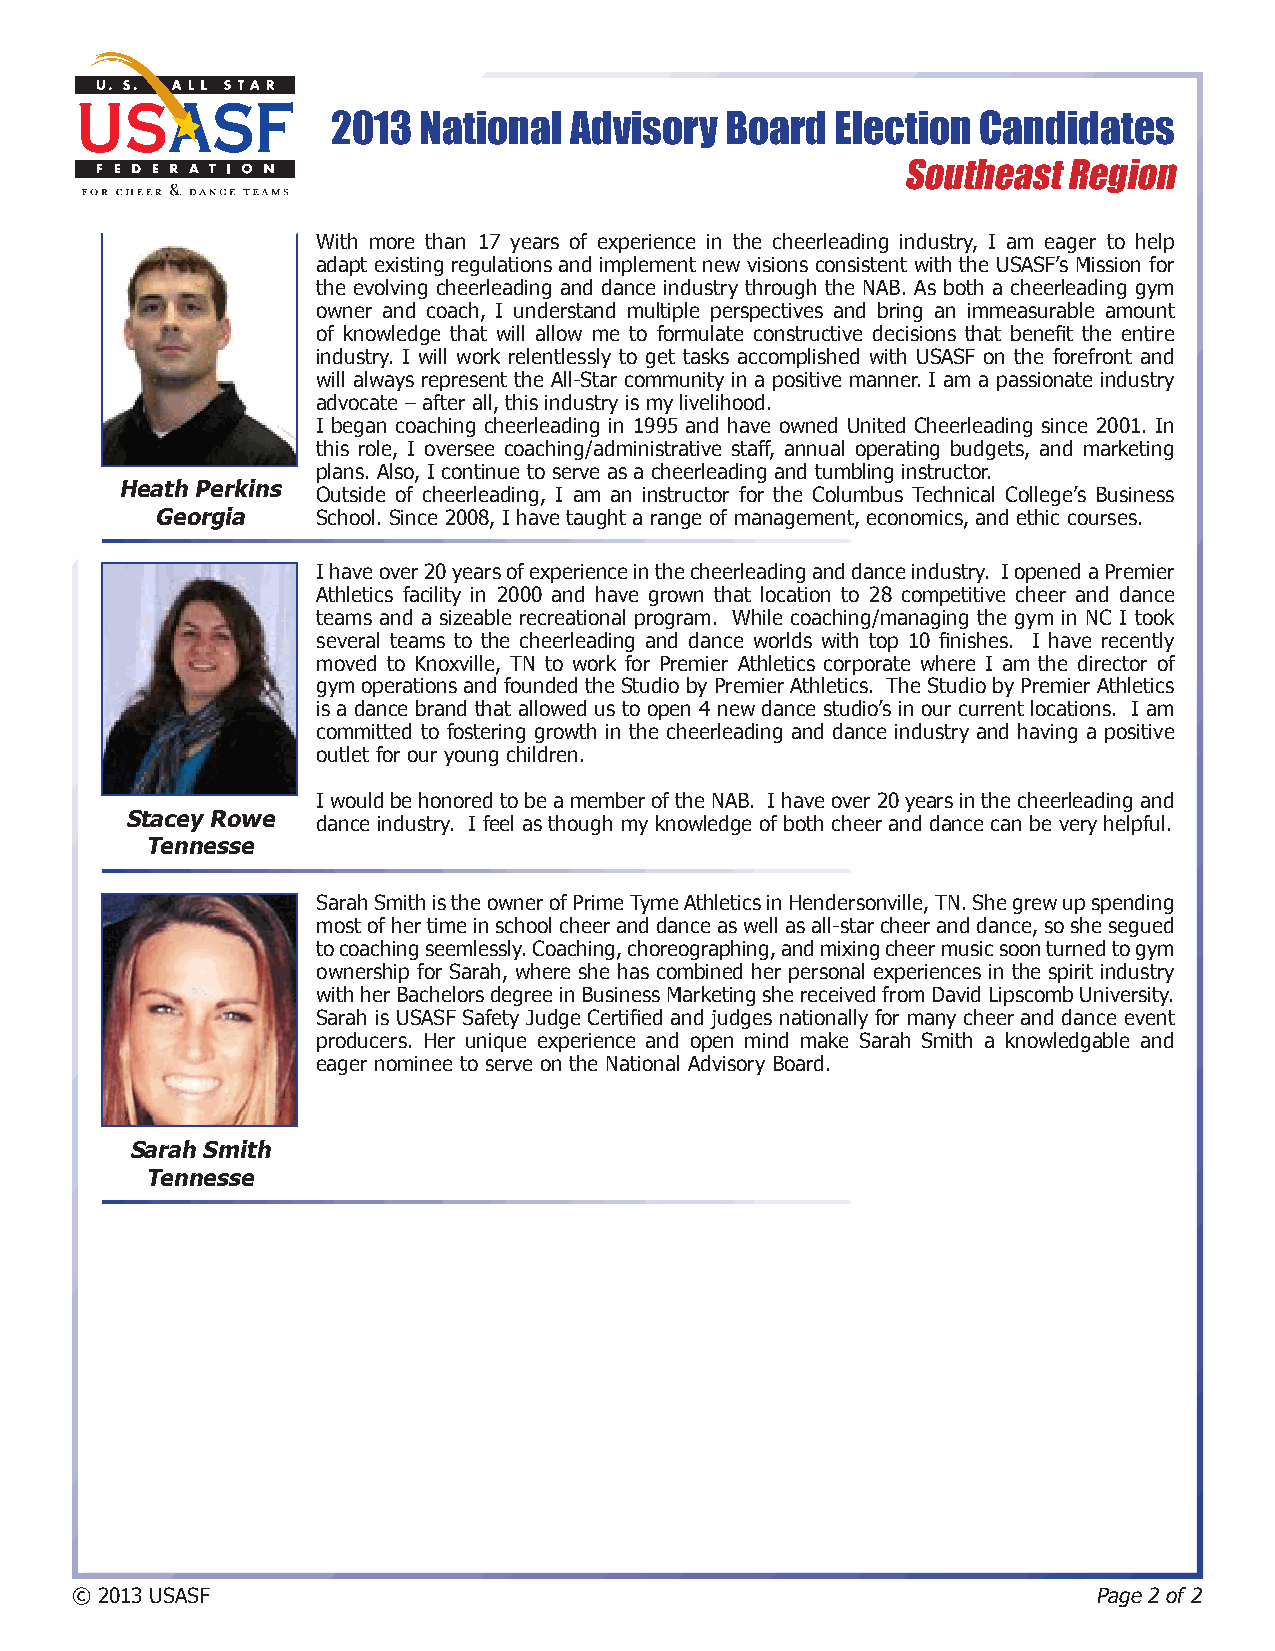
2013  National  Advisory  Board  Election  Candidates
 Southeast Region
 With more than 17 years of experience in the cheerleading industry, I am eager to help
 adapt existing regulations and implement new visions consistent with the USASF’s Mission for
 the evolving cheerleading and dance industry through the NAB. As both a cheerleading gym
 owner and coach, I understand multiple perspectives and bring an immeasurable amount
 of knowledge that will allow me to formulate constructive decisions that benefit the entire
 industry. I will work relentlessly to get tasks accomplished with USASF on the forefront and
 will always represent the All-Star community in a positive manner. I am a passionate industry
 advocate – after all, this industry is my livelihood.
 I began coaching cheerleading in 1995 and have owned United Cheerleading since 2001. In
 this role, I oversee coaching/administrative staff, annual operating budgets, and marketing
 plans. Also, I continue to serve as a cheerleading and tumbling instructor.
 Heath Perkins Outside of cheerleading, I am an instructor for the Columbus Technical College’s Business
 Georgia    School. Since 2008, I have taught a range of management, economics, and ethic courses.
 I have over 20 years of experience in the cheerleading and dance industry. I opened a Premier
 Athletics facility in 2000 and have grown that location to 28 competitive cheer and dance
 teams and a sizeable recreational program. While coaching/managing the gym in NC I took
 several teams to the cheerleading and dance worlds with top 10 finishes. I have recently
 moved to Knoxville, TN to work for Premier Athletics corporate where I am the director of
 gym operations and founded the Studio by Premier Athletics. The Studio by Premier Athletics
 is a dance brand that allowed us to open 4 new dance studio’s in our current locations. I am
 committed to fostering growth in the cheerleading and dance industry and having a positive
 outlet for our young children.
 I would be honored to be a member of the NAB. I have over 20 years in the cheerleading and
 Stacey Rowe  dance industry. I feel as though my knowledge of both cheer and dance can be very helpful.
 Tennesse
 Sarah Smith is the owner of Prime Tyme Athletics in Hendersonville, TN. She grew up spending
 most of her time in school cheer and dance as well as all-star cheer and dance, so she segued
 to coaching seemlessly. Coaching, choreographing, and mixing cheer music soon turned to gym
 ownership for Sarah, where she has combined her personal experiences in the spirit industry
 with her Bachelors degree in Business Marketing she received from David Lipscomb University.
 Sarah is USASF Safety Judge Certified and judges nationally for many cheer and dance event
 producers. Her unique experience and open mind make Sarah Smith a knowledgable and
 eager nominee to serve on the National Advisory Board.
 Sarah Smith
 Tennesse
 © 2013 USASF                                                        Page 2 of 2